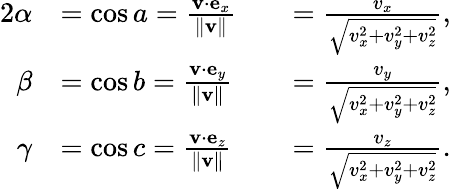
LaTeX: {\begin{array}{rlrl}{{2}\alpha}&{=\cos a={\frac{\mathbf{v}\cdot\mathbf{e}_{x}}{\Vert\mathbf{v}\Vert}}}&&{={\frac{v_{x}}{\sqrt{v_{x}^{2}+v_{y}^{2}+v_{z}^{2}}}},}\\ {\beta}&{=\cos b={\frac{\mathbf{v}\cdot\mathbf{e}_{y}}{\Vert\mathbf{v}\Vert}}}&&{={\frac{v_{y}}{\sqrt{v_{x}^{2}+v_{y}^{2}+v_{z}^{2}}}},}\\ {\gamma}&{=\cos c={\frac{\mathbf{v}\cdot\mathbf{e}_{z}}{\Vert\mathbf{v}\Vert}}}&&{={\frac{v_{z}}{\sqrt{v_{x}^{2}+v_{y}^{2}+v_{z}^{2}}}}.}\end{array}}